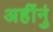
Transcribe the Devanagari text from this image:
अहींनुं